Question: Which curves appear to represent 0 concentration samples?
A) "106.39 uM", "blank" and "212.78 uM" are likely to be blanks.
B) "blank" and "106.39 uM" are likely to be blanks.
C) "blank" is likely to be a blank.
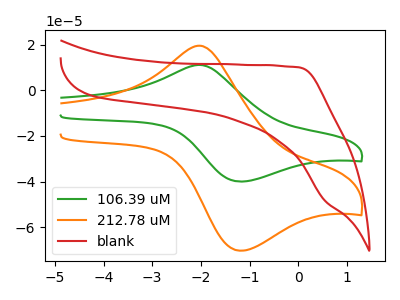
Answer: <think>The green curve "106.39 uM" has an anodic peak at (-2.00V, 11.10uA) and a cathodic peak at (-1.20V, -40.00uA). The orange curve "212.78 uM" has an anodic peak at (-2.00V, 19.50uA) and a cathodic peak at (-1.20V, -70.30uA). The red curve "blank" has no peaks.</think>
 <answer>C) "blank" is likely to be a blank.</answer>
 <eval>C</eval>